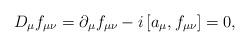
LaTeX: \begin{align*}D_{\mu }f_{\mu \nu }=\partial _{\mu }f_{\mu \nu }-i\left[ a_{\mu },f_{\mu\nu }\right] =0,\end{align*}